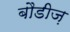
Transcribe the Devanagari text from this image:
बौडीज़